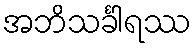
အဘိသင်္ခါရဿ